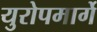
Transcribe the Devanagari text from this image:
युरोपमार्गे